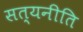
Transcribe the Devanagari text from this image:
सत्यनीति